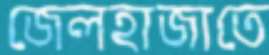
জেলহাজাতে